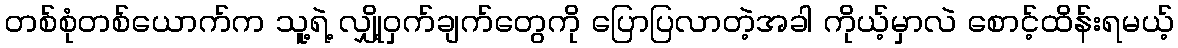
တစ်စုံတစ်ယောက်က သူ့ရဲ့ လျှို့ဝှက်ချက်တွေကို ပြောပြလာတဲ့အခါ ကိုယ့်မှာလဲ စောင့်ထိန်းရမယ့်